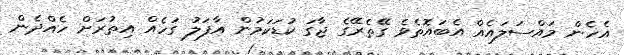
އެހެން މައްސަލައެއް އެބައޮތެވެ ގޭތެރޭގެ ޖާގަ ކުޑަކަމުން އާފަލު ގަހެއް އިތުރަށް ހެއްދެން